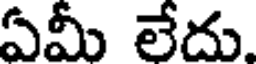
ఏమీ లేదు.